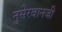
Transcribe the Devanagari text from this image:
नुसेरवानजी